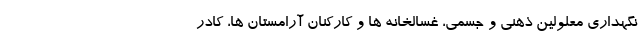
نگهداری معلولین ذهنی و جسمی، غسالخانه ها و کارکنان آرامستان ها، کادر